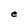
Character: e